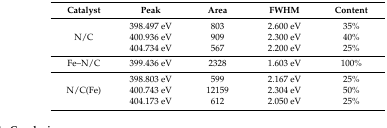
<table><thead><tr><td><b>Catalyst</b></td><td><b>Peak</b></td><td><b>Area</b></td><td><b>FWHM</b></td><td><b>Content</b></td></tr></thead><tbody><tr><td rowspan="3">N/C</td><td>398.497 eV</td><td>803</td><td>2.600 eV</td><td>35%</td></tr><tr><td>400.936 eV</td><td>909</td><td>2.300 eV</td><td>40%</td></tr><tr><td>404.734 eV</td><td>567</td><td>2.200 eV</td><td>25%</td></tr><tr><td>Fe–N/C</td><td>399.436 eV</td><td>2328</td><td>1.603 eV</td><td>100%</td></tr><tr><td rowspan="3">N/C(Fe)</td><td>398.803 eV</td><td>599</td><td>2.167 eV</td><td>25%</td></tr><tr><td>400.743 eV</td><td>12159</td><td>2.304 eV</td><td>50%</td></tr><tr><td>404.173 eV</td><td>612</td><td>2.050 eV</td><td>25%</td></tr></tbody></table>